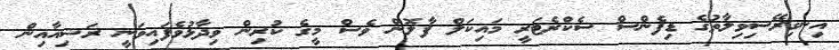
އިނގިރޭސިވިލާތުގެ ޑިފެންސް ސެކްރެޓަރީ މައިކަލް ފާލޮން ވެސް މީގެ ކުރިން ވިދާޅުވެފައިވަނީ ރަޝިއާއިން